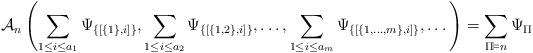
LaTeX: \begin{align*}\mathcal A_n\left(\sum_{1\leq i\leq a_1}\Psi_{\{[\{1\},i]\}}, \sum_{1\leq i\leq a_2}\Psi_{\{[\{1,2\},i]\}},\dots,\sum_{1\leq i\leq a_m}\Psi_{\{[\{1,\dots,m\},i]\}},\dots\right)=\sum_{\Pi\vDash n}\Psi_\Pi\end{align*}